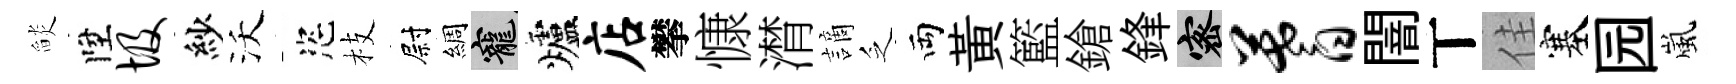
𦦨陞圾紗沃恣枝尉綢寵爐店攀慷潸謫乏両黄籃鎗鋒密蓍闇丅佳塞园嵐